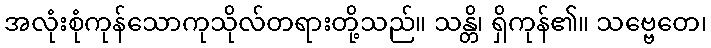
အလုံးစုံကုန်သောကုသိုလ်တရားတို့သည်။ သန္တိ၊ ရှိကုန်၏။ သဗ္ဗေတေ၊